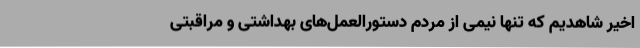
اخیر شاهدیم که تنها نیمی از مردم دستورالعمل‌های بهداشتی و مراقبتی